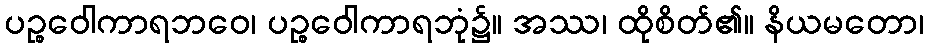
ပဉ္စဝေါကာရဘဝေ၊ ပဉ္စဝေါကာရဘုံ၌။ အဿ၊ ထိုစိတ်၏။ နိယမတော၊